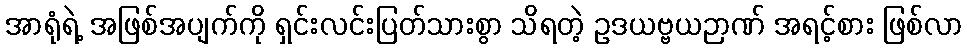
အာရုံရဲ့ အဖြစ်အပျက်ကို ရှင်းလင်းပြတ်သားစွာ သိရတဲ့ ဥဒယဗ္ဗယဉာဏ် အရင့်စား ဖြစ်လာ